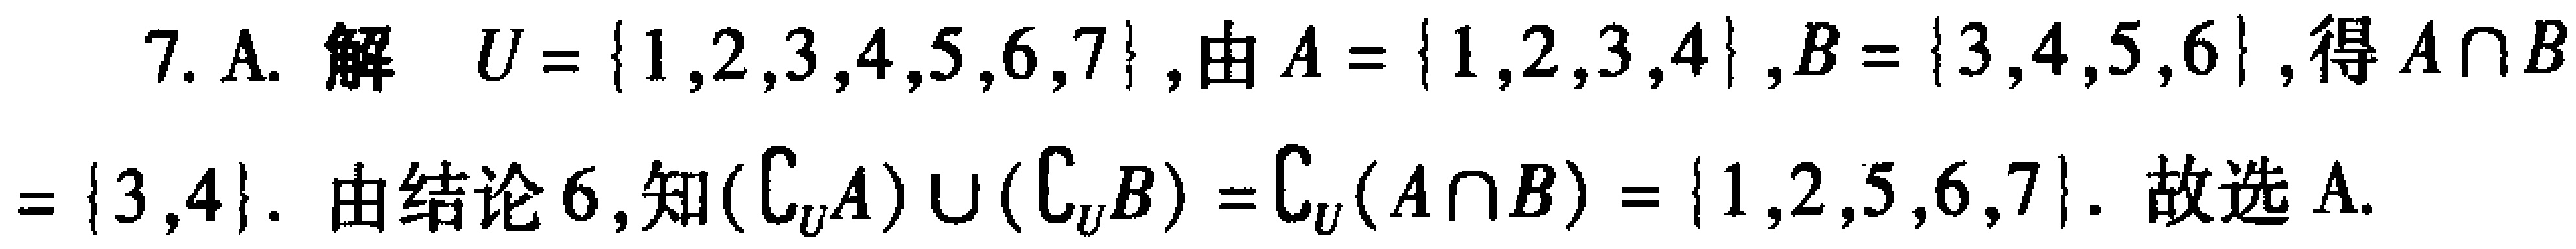
7. A. 解 \(U = \{1,2,3,4,5,6,7\}\), 由 \(A = \{1,2,3,4\}\), \(B = \{3,4,5,6\}\), 得 \(A\cap B=\{3,4\}\). 由结论 6, 知 \((\complement_U A)\cup(\complement_U B)=\complement_U(A\cap B)=\{1,2,5,6,7\}\). 故选 A.